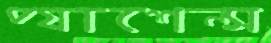
প্যাশেন্স